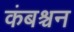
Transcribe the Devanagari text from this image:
कंबश्चन